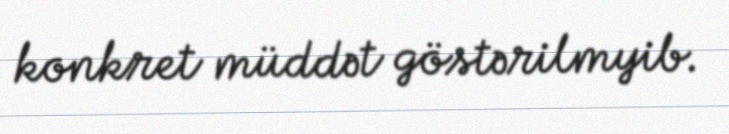
konkret müddət göstərilmyib.